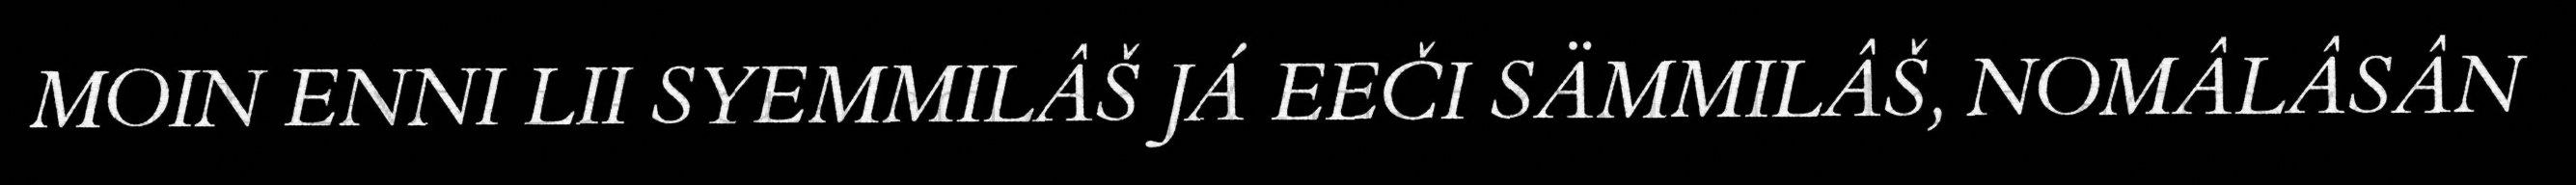
MOIN ENNI LII SYEMMILÂŠ JÁ EEČI SÄMMILÂŠ, NOMÂLÂSÂN